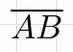
\overline{AB}